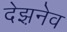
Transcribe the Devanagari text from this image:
देझ़नेव